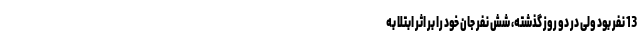
13 نفر بود ولی در دو روز گذشته، شش نفر جان خود را بر اثر ابتلا به